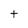
Character: t